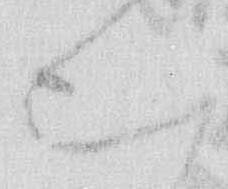
む